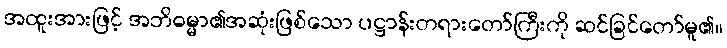
အထူးအားဖြင့် အဘိဓမ္မာ၏အဆုံးဖြစ်သော ပဋ္ဌာန်းတရားတော်ကြီးကို ဆင်ခြင်တော်မူ၏။